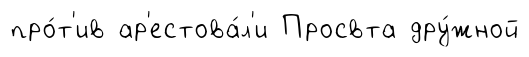
про́т'ив ар'естова́л'и Просвта дру́жной